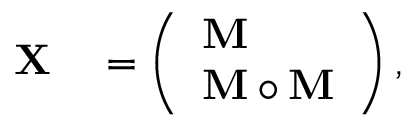
\begin{array} { r l } { { \bf X } } & { { } = \left( \begin{array} { l } { { \bf M } } \\ { { \bf M } \circ { \bf M } } \end{array} \right) , } \end{array}